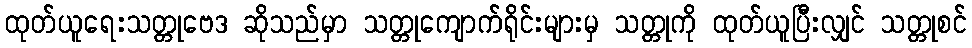
ထုတ်ယူရေးသတ္တုဗေဒ ဆိုသည်မှာ သတ္တုကျောက်ရိုင်းများမှ သတ္တုကို ထုတ်ယူပြီးလျှင် သတ္တုစင်